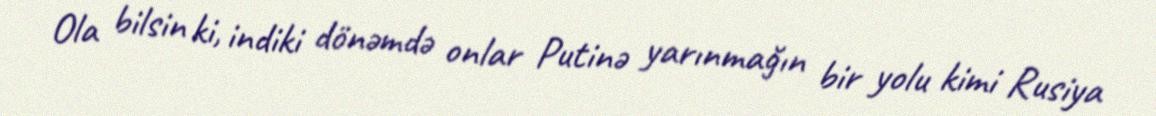
Ola bilsin ki, indiki dönəmdə onlar Putinə yarınmağın bir yolu kimi Rusiya